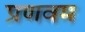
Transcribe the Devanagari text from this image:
प्रणवम